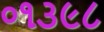
૦૧૩૯૮